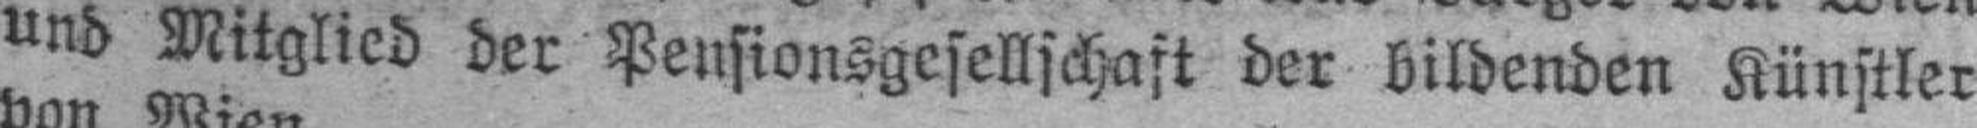
und Mitglied der Pensionsgesellschaft der bildenden Künstler